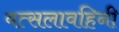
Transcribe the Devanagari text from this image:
वत्सलावहिनी